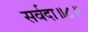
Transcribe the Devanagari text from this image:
सर्वदा॥८॥